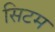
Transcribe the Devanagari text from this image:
सिटम